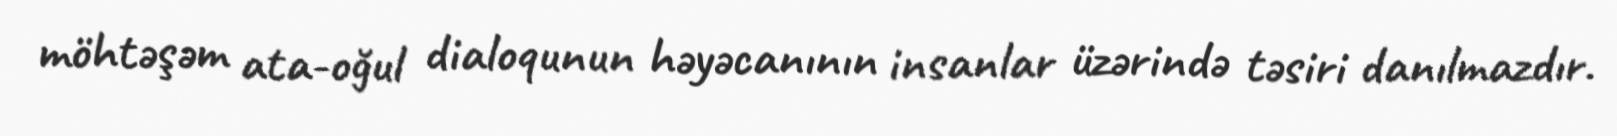
möhtəşəm ata-oğul dialoqunun həyəcanının insanlar üzərində təsiri danılmazdır.